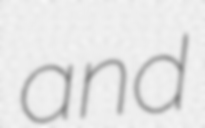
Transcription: and